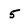
Character: 5